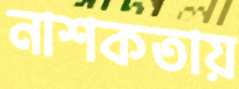
নাশকতায়